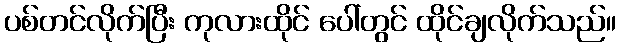
ပစ်တင်လိုက်ပြီး ကုလားထိုင် ပေါ်တွင် ထိုင်ချလိုက်သည်။